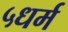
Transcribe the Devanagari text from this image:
५धर्म